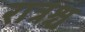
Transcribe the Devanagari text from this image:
रात्रश्च